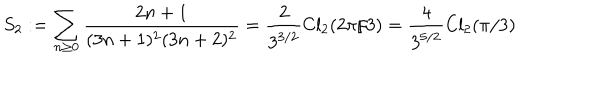
S _ { 2 } : = \sum _ { n \ge 0 } \frac { 2 n + 1 } { ( 3 n + 1 ) ^ { 2 } ( 3 n + 2 ) ^ { 2 } } = \frac { 2 } { 3 ^ { 3 / 2 } } \mathrm { C l } _ { 2 } ( 2 \pi / 3 ) = \frac { 4 } { 3 ^ { 5 / 2 } } \mathrm { C l } _ { 2 } ( \pi / 3 )